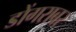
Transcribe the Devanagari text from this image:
डोंगराबर